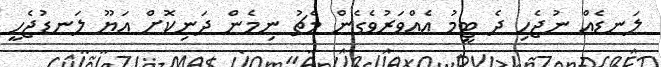
ލަނޑެއް ނުޖެހި ދެ ޓީމު އެއްވަރުވެގެން މެޗު ނިމެން ދަނިކޮށް އަޔޫ ލަނޑުޖެހީ